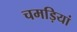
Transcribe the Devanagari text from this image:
चमड़ियां